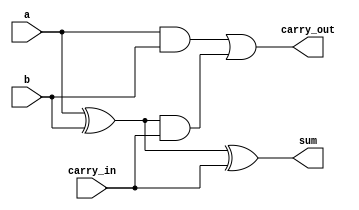

module adder(
    input a,
    input b,
    input carry_in,
    output sum,
    output carry_out
);

assign sum = (a ^ b) ^ carry_in;
assign carry_out = (a & b) | ((a ^ b) & carry_in);

endmodule

module adder8(
    input [7:0]a,
    input [7:0]b,
    output [7:0]sum,
    output c

);

adder adder0(.a(a[0]), .b(b[0]), .carry_in(1'b0), .sum(sum[0]), .carry_out(c0));
adder adder1(.a(a[1]), .b(b[1]), .carry_in(c0), .sum(sum[1]), .carry_out(c1));
adder adder2(.a(a[2]), .b(b[2]), .carry_in(c1), .sum(sum[2]), .carry_out(c2));
adder adder3(.a(a[3]), .b(b[3]), .carry_in(c2), .sum(sum[3]), .carry_out(c3));
adder adder4(.a(a[4]), .b(b[4]), .carry_in(c3), .sum(sum[4]), .carry_out(c4));
adder adder5(.a(a[5]), .b(b[5]), .carry_in(c4), .sum(sum[5]), .carry_out(c5));
adder adder6(.a(a[6]), .b(b[6]), .carry_in(c5), .sum(sum[6]), .carry_out(c6));
adder adder7(.a(a[7]), .b(b[7]), .carry_in(c6), .sum(sum[7]), .carry_out(c));
// adder adder8(.a(a[8]), .b(b[8]), .carry_in(c7), .sum(sum[8]), .carry_out(c8));


endmodule


module top();

reg [7:0]a;
reg [7:0]b;
wire [7:0]s;

adder8 adder8_inst(.a(a), .b(b), .sum(s), .c(c));

initial begin
	$dumpfile("v.vcd");
	$dumpvars();
end

initial begin
    a = 35; b = 62; #1 $display("a =%d, b =%d, sum =%d", a, b, {s,c});
    a = 10; b = 160; #1 $display("a =%d, b =%d, sum =%d", a, b, {s,c});
    a = 190; b = 104; #1 $display("a =%d, b =%d, sum =%d", a, b, {s,c});
end

endmodule